Report of the Indian Hemp Drugs Commission, 1894-1895 - Volume VII
Year: 1894
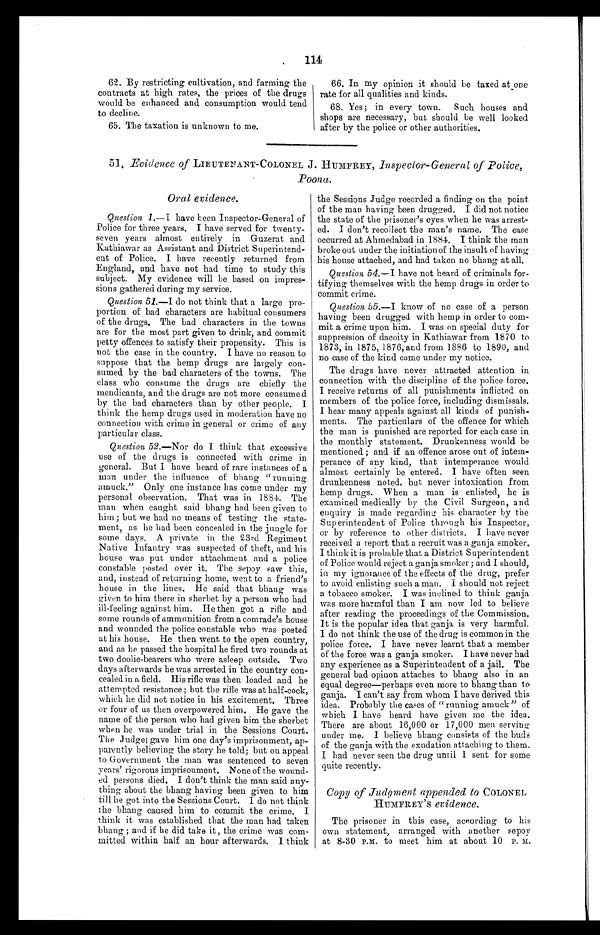
114
62. By restricting cultivation, and farming the
contracts at high rates, the prices of the drugs
would be enhanced and consumption would tend
to decline.
65. The taxation is unknown to me.
66. In my opinion it should be taxed at one
rate for all qualities and kinds.
68. Yes; in every town. Such houses and
shops are necessary, but should be well looked
after by the police or other authorities.
51. Evidence of LIEUTENANT-COLONEL J. HUMFREY, Inspector-General of Police,
Poona.
Oral evidence.
Question 1.—I have been Inspector-General of
Police for three years. I have served for twenty
-
seven years almost entirely in Guzerat and
Kathiawar as Assistant and District Superintend
-
ent of Police. I have recently returned from
England, and have not had time to study this
subject. My evidence will be based on impres
-
sions gathered during my service.
Question 51.— I do not think that a large pro
-
portion of bad characters are habitual consumers
of the drugs. The bad characters in the towns
are for the most part given to drink, and commit
petty offences to satisfy their propensity. This is
not the case in the country. I have no reason to
suppose that the hemp drugs are largely con
-
sumed by the bad characters of the towns. The
class who consume the drugs are chiefly the
mendicants, and the drugs are not more consumed
by the bad characters than by other people. I
think the hemp drugs used in moderation have no
connection with crime in general or crime of any
particular class.
Question 52 .—Nor do I think that excessive
use of the drugs is connected with crime in
general. But I have heard of rare instances of a
man under the influence of bhang "running
amuck." Only one instance has come under my
personal observation. That was in 1884. The
man when caught said bhang had been given to
him ; but we had no means of testing the state
-
ment, as he had been concealed in the jungle for
some days. A private in the 23rd Regiment
Native Infantry was suspected of theft, and his
house was put under attachment and a police
constable posted over it. The sepoy saw this,
and, instead of returning home, went to a friend's
house in the lines. He said that bhang was
given to him there in sherbet by a person who had
ill-feeling against him. He then got a rifle and
some rounds of ammunition from a comrade's house
and wounded the police constable who was posted
at his house. He then went to the open country,
and as he passed the hospital he fired two rounds at
two doolie-bearers who were asleep outside. Two
days afterwards he was arrested in the country con
-
cealed in a field. His rifle was then loaded and he
attempted resistance ; but the rifle was at half-cock,
which he did not notice in his excitement. Three
or four of us then overpowered him. He gave the
name of the person who had given him the sherbet
when he was under trial in the Sessions Court.
The Judge gave him one day's imprisonment, ap
-
parently believing the story he told; but on appeal
to Government the man was sentenced to seven
years' rigorous imprisonment. None of the wound
-
ed persons died. I don't think the man said any
-
thing about the bhang having been given to him
till he got into the Sessions Court. I do not think
the bhang caused him to commit the crime. I
think it was established that the man had taken
bhang ; and if he did take it, the crime was com
-
mitted within half an hour afterwards. I think
the Sessions Judge recorded a finding on the point
of the man having been drugged. I did not notice
the state of the prisoner's eyes when he was arrest
-
ed. I don't recollect the man's name. The case
occurred at Ahmedabad in 1884. I think the man
broke out under the initiation of the insult of having
his house attached, and had taken no bhang at all.
Question 54.—I have not heard of criminals for
-
tifying themselves with the hemp drugs in order to
commit crime.
Question 55.—I k n o w o f n o c a s e o f a p e r s o n
having been drugged with hemp in order to com
-
mit a crime upon him. I was on special duty for
suppression of dacoity in Kathiawar from 1870 to
1873, in 1875, 1876, and from 1886 to 1890, and
no case of the kind came under my notice.
The drugs have never attracted attention in
connection with the discipline of the police force.
I receive returns of all punishments inflicted on
members of the police force, including dismissals.
I hear many appeals against all kinds of punish
-
ments. The particulars of the offence for which
the man is punished are reported for each case in
the monthly statement. Drunkenness would be
mentioned ; and if an offence arose out of intem
-
perance of any kind, that intemperance would
almost certainly be entered. I have often seen
drunkenness noted, but never intoxication from
hemp drugs. When a man is enlisted, he is
examined medically by the Civil Surgeon, and
enquiry is made regarding his character by the
Superintendent of Police through his Inspector,
or by reference to other districts. I have never
received a report that a recruit was a ganja smoker.
I think it is probable that a District Superintendent
of Police would reject a ganja smoker ; and I should,
in my ignorance of the effects of the drug, prefer
to avoid enlisting such a man. I should not reject
a tobacco smoker. I was inclined to think ganja
was more harmful than I am now led to believe
after reading the proceedings of the Commission.
It is the popular idea that ganja is very harmful.
I do not think the use of the drug is common in the
police force. I have never learnt that a member
of the force was a ganja smoker. I have never had
any experience as a Superintendent of a jail. The
general bad opinon attaches to bhang also in an
equal degree—perhaps even more to bhang than to
ganja. I can't say from whom I have derived this
idea. Probably the cases of "running amuck" of
which I have heard have given me the idea.
There are about 16,000 or 17,000 men serving
under me. I believe bhang consists of the buds
of the ganja with the exudation attaching to them.
I had never seen the drug until I sent for some
quite recently.
Copy of Judgment appended to COLONEL
HUMFREY'S evidence.
The prisoner in this case, according to his
own statement, arranged with another sepoy
at 8-30 P.M. to meet him at about 10 P. M.